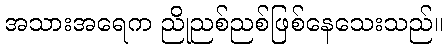
အသားအရေက ညိုညစ်ညစ်ဖြစ်နေသေးသည်။